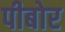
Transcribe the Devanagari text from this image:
पीबोर